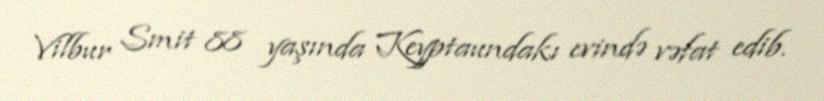
Vilbur Smit 88 yaşında Keyptaundakı evində vəfat edib.